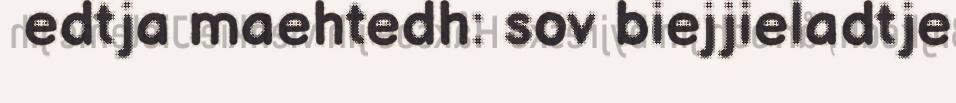
edtja maehtedh: sov biejjieladtje